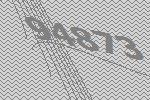
94873